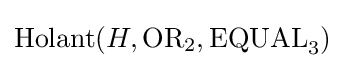
{\text{Holant}}(H,{\text{OR}}_{2},{\text{EQUAL}}_{3})